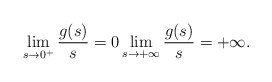
\begin{align*}\lim_{s\to 0^{+}}\dfrac{g(s)}{s}=0 \lim_{s\to +\infty}\dfrac{g(s)}{s}=+\infty.\end{align*}